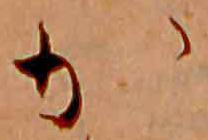
か